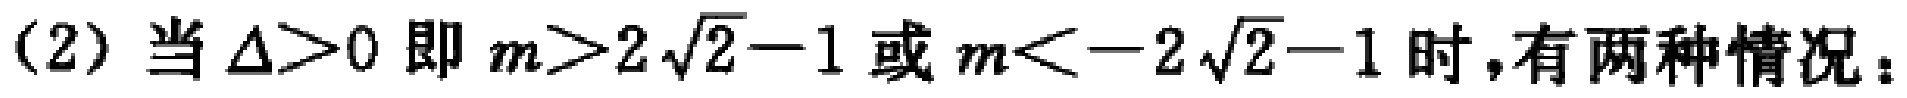
(2) 当 $\Delta>0$ 即 $m>2\sqrt{2}-1$ 或 $m<-2\sqrt{2}-1$ 时,有两种情况：